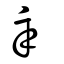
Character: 辛